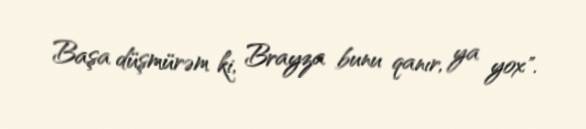
Başa düşmürəm ki, Brayza bunu qanır, ya yox".